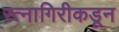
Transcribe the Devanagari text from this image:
रत्नागिरीकडून